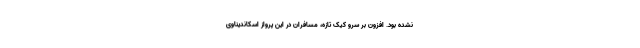
نشده بود. افزون بر سرو کیک تازه، مسافران در این پرواز اسکاندیناوی